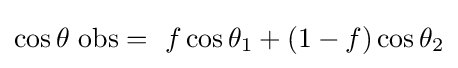
\cos \theta \ \mathrm {obs} =\ f\cos \theta _{1}+(1-f)\cos \theta _{2}